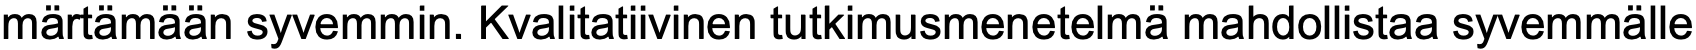
märtämään syvemmin. Kvalitatiivinen tutkimusmenetelmä mahdollistaa syvemmälle